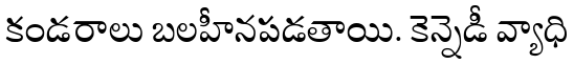
కండరాలు బలహీనపడతాయి. కెన్నెడీ వ్యాధి